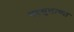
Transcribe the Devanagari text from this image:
महसुलाच्या